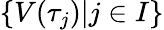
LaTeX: \{ V(\tau_{j})|j\in I\}